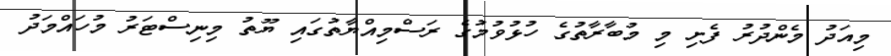
މިއަދު މެންދުރު ފެށި މި މުބާރާތުގެ ހުޅުވުމުގެ ރަސްމިއްޔާތުގައި ޔޫތު މިނިސްޓަރު މުހައްމަދު